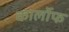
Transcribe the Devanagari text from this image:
कार्लोफ